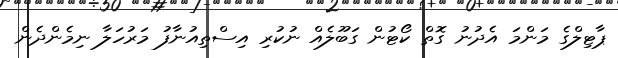
ޕާޓިލްގެ މަންމަ އެދުނު ގޮތް ކޯޓުން ގަބޫލެއް ނުކުރި އިސްތިއުނާފު މަރުހަލާ ނިމެންދެން